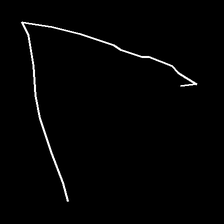
Glyph: region